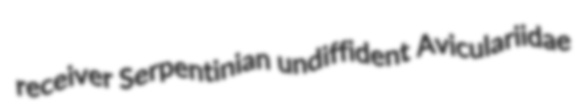
receiver Serpentinian undiffident Aviculariidae